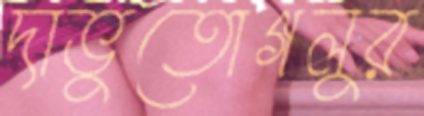
দাভুতোগলুর